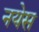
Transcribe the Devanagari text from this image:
नयेस